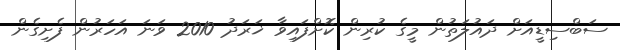
ސަބްސިޑީއަށް ދައުލަތުން މީގެ ކުރިން ކޮށްފައިވާ ޚަރަދު 2010 ވަނަ އަހަރުން ފެށިގެން